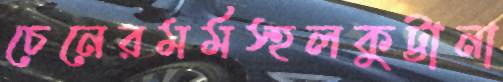
চেনেরমর্মস্হলকুট্টানা